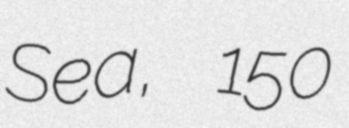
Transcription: Sea, 150